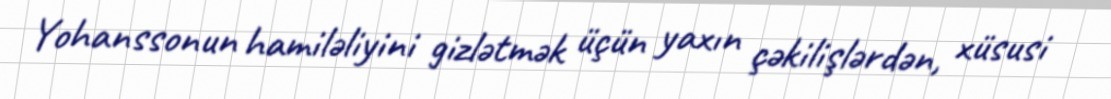
Yohanssonun hamiləliyini gizlətmək üçün yaxın çəkilişlərdən, xüsusi